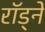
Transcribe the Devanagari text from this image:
राॅड्ने